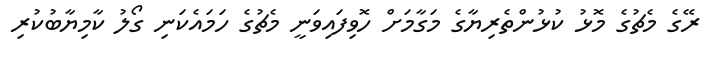
ރޭގެ މެޗުގެ މޮޅު ކުޅުންތެރިޔާގެ މަގާމަށް ހޮވިފައިވަނީ މެޗުގެ ހަމައެކަނި ގޯލު ކާމިޔާބުކުރި